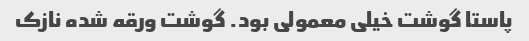
پاستا گوشت خیلی معمولی بود. گوشت ورقه شده نازک